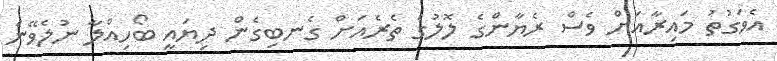
އެވަގުތު މައިރާއަށް ވެސް ރެޔާންގެ ލޮލުގެ ތެރެއަށް ގެނބިގެން ދިޔައީ ބޯހިއްލާ ނުލެވޭނެ